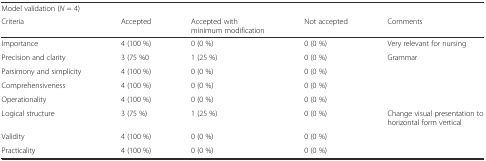
<table><thead><tr><td colspan="5"><b>Model validation (<i>N</i> = 4)</b></td></tr><tr><td><b>Criteria</b></td><td><b>Accepted</b></td><td><b>Accepted with minimum modification</b></td><td><b>Not accepted</b></td><td><b>Comments</b></td></tr></thead><tbody><tr><td>Importance</td><td>4 (100 %)</td><td>0 (0 %)</td><td>0 (0 %)</td><td>Very relevant for nursing</td></tr><tr><td>Precision and clarity</td><td>3 (75 %0</td><td>1 (25 %)</td><td>0 (0 %)</td><td>Grammar</td></tr><tr><td>Parsimony and simplicity</td><td>4 (100 %)</td><td>0 (0 %)</td><td>0 (0 %)</td><td></td></tr><tr><td>Comprehensiveness</td><td>4 (100 %)</td><td>0 (0 %)</td><td>0 (0 %)</td><td></td></tr><tr><td>Operationality</td><td>4 (100 %)</td><td>0 (0 %)</td><td>0 (0 %)</td><td></td></tr><tr><td>Logical structure</td><td>3 (75 %)</td><td>1 (25 %)</td><td>0 (0 %)</td><td>Change visual presentation to horizontal form vertical</td></tr><tr><td>Validity</td><td>4 (100 %)</td><td>0 (0 %)</td><td>0 (0 %)</td><td></td></tr><tr><td>Practicality</td><td>4 (100 %)</td><td>0 (0 %)</td><td>0 (0 %)</td><td></td></tr></tbody></table>